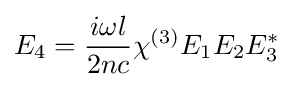
E_{4}={\frac {i\omega l}{2nc}}\chi ^{(3)}E_{1}E_{2}E_{3}^{*}